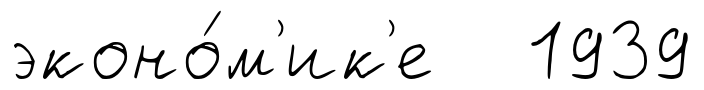
эконо́м'ик'е 1939